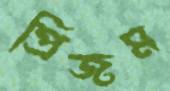
প্রিজম